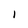
Character: l